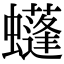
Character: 𧓶